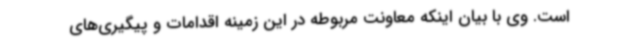
است. وی با بیان اینکه معاونت مربوطه در این زمینه اقدامات و پیگیری‌های